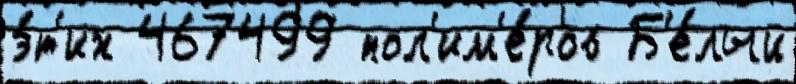
э́т'их 467499 пол'им'е́ров Б'е́лый